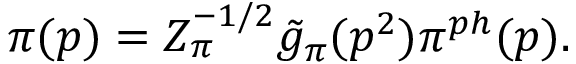
\pi ( p ) = Z _ { \pi } ^ { - 1 / 2 } \tilde { g } _ { \pi } ( p ^ { 2 } ) \pi ^ { p h } ( p ) .